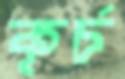
কূর্চ